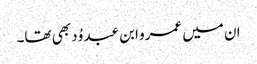
ان میں عمرو ابن عبد وُد بھی تھا۔